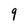
Character: 9